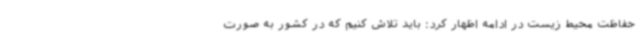
حفاظت محیط زیست در ادامه اظهار کرد: باید تلاش کنیم که در کشور به صورت